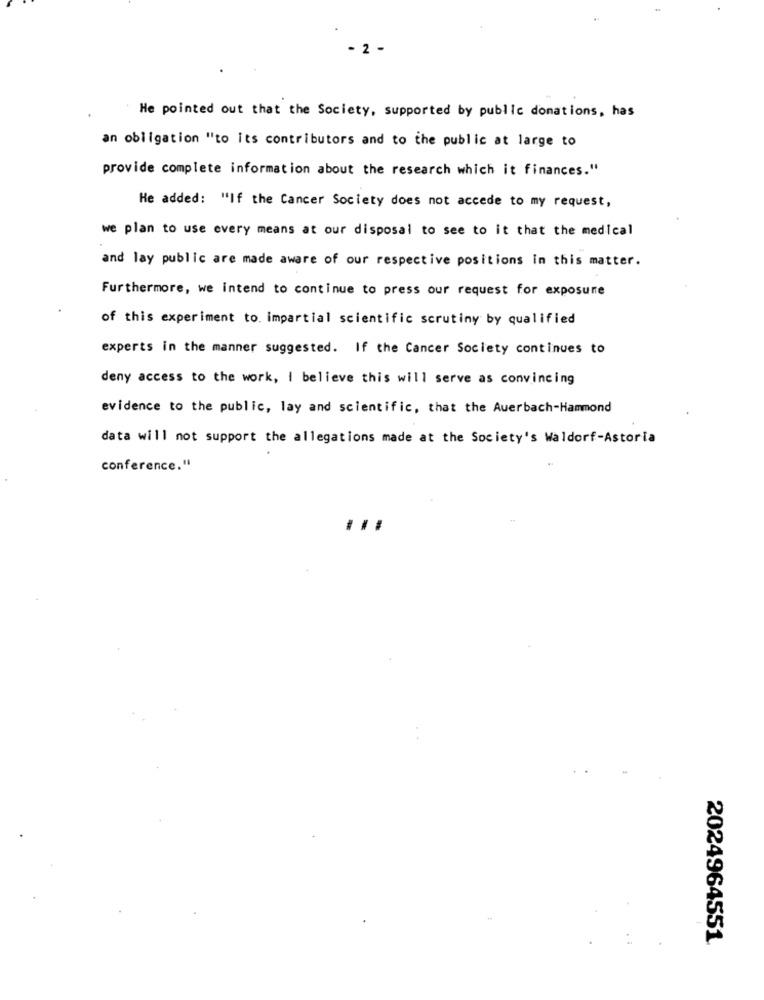
- 2 -
He pointed out that the Society, supported by public donations, has
an obligation "to its contributors and to the public at large to
provide complete information about the research which it finances."
He added: "If the Cancer Society does not accede to my request,
we plan to use every means at our disposal to see to it that the medical
and lay public are made aware of our respective positions in this matter.
Furthermore, we intend to continue to press our request for exposure
of this experiment to. impartial scientific scrutiny by qualified
experts in the manner suggested. If the Cancer Society continues to
deny access to the work, I believe this will serve as convincing
evidence to the public, lay and scientific, that the Auerbach-Hammond
data will not support the allegations made at the Society's Waldorf-Astoria
conference."
...
2024964551